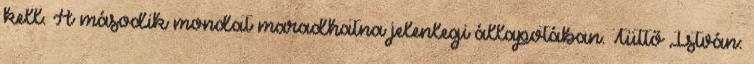
kell. A második mondat maradhatna jelenlegi állapotában. Tüttő István: